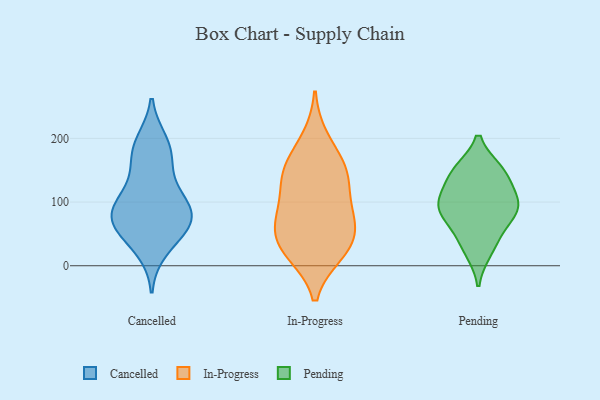
{"axis": {"x": "Operating Costs (USD K)", "y": "Value"}, "legend": ["Cancelled", "In-Progress", "Pending"], "data": [{"x": "", "y": 194, "type": "Cancelled"}, {"x": "", "y": 143, "type": "Cancelled"}, {"x": "", "y": 101, "type": "Cancelled"}, {"x": "", "y": 26, "type": "Cancelled"}, {"x": "", "y": 50, "type": "Cancelled"}, {"x": "", "y": 173, "type": "Cancelled"}, {"x": "", "y": 65, "type": "Cancelled"}, {"x": "", "y": 71, "type": "Cancelled"}, {"x": "", "y": 184, "type": "Cancelled"}, {"x": "", "y": 71, "type": "Cancelled"}, {"x": "", "y": 103, "type": "Cancelled"}, {"x": "", "y": 93, "type": "Cancelled"}, {"x": "", "y": 76, "type": "Cancelled"}, {"x": "", "y": 98, "type": "In-Progress"}, {"x": "", "y": 157, "type": "In-Progress"}, {"x": "", "y": 199, "type": "In-Progress"}, {"x": "", "y": 48, "type": "In-Progress"}, {"x": "", "y": 20, "type": "In-Progress"}, {"x": "", "y": 134, "type": "In-Progress"}, {"x": "", "y": 24, "type": "In-Progress"}, {"x": "", "y": 25, "type": "In-Progress"}, {"x": "", "y": 71, "type": "In-Progress"}, {"x": "", "y": 61, "type": "In-Progress"}, {"x": "", "y": 146, "type": "In-Progress"}, {"x": "", "y": 83, "type": "In-Progress"}, {"x": "", "y": 149, "type": "In-Progress"}, {"x": "", "y": 24, "type": "Pending"}, {"x": "", "y": 75, "type": "Pending"}, {"x": "", "y": 94, "type": "Pending"}, {"x": "", "y": 143, "type": "Pending"}, {"x": "", "y": 44, "type": "Pending"}, {"x": "", "y": 100, "type": "Pending"}, {"x": "", "y": 148, "type": "Pending"}, {"x": "", "y": 146, "type": "Pending"}, {"x": "", "y": 90, "type": "Pending"}, {"x": "", "y": 98, "type": "Pending"}]}